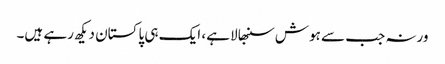
ورنہ جب سے ہوش سنبھالا ہے، ایک ہی پاکستان دیکھ رہے ہیں۔